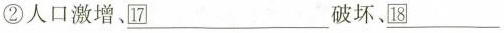
②人口激增、\underline{17}破坏、\underline{18}